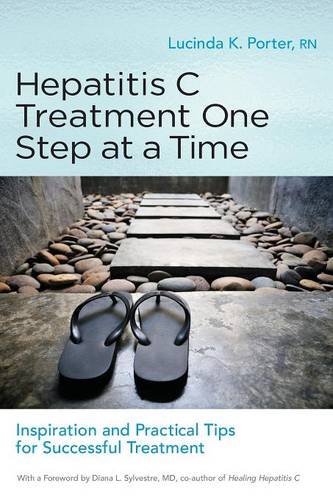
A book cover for Hepatitis C Treatment One Step at a Time: Inspiration and Practical Tips for Successful Treatment; Lucinda Porter RN; Health, Fitness & Dieting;